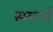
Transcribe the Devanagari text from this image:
स्म्यर्ना